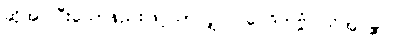
ဆိုအပ်ပြီးသောနည်းဖြင့်သာလျှင်။ ဝေဒိတဗ္ဗံ၊ သိအပ်၏။